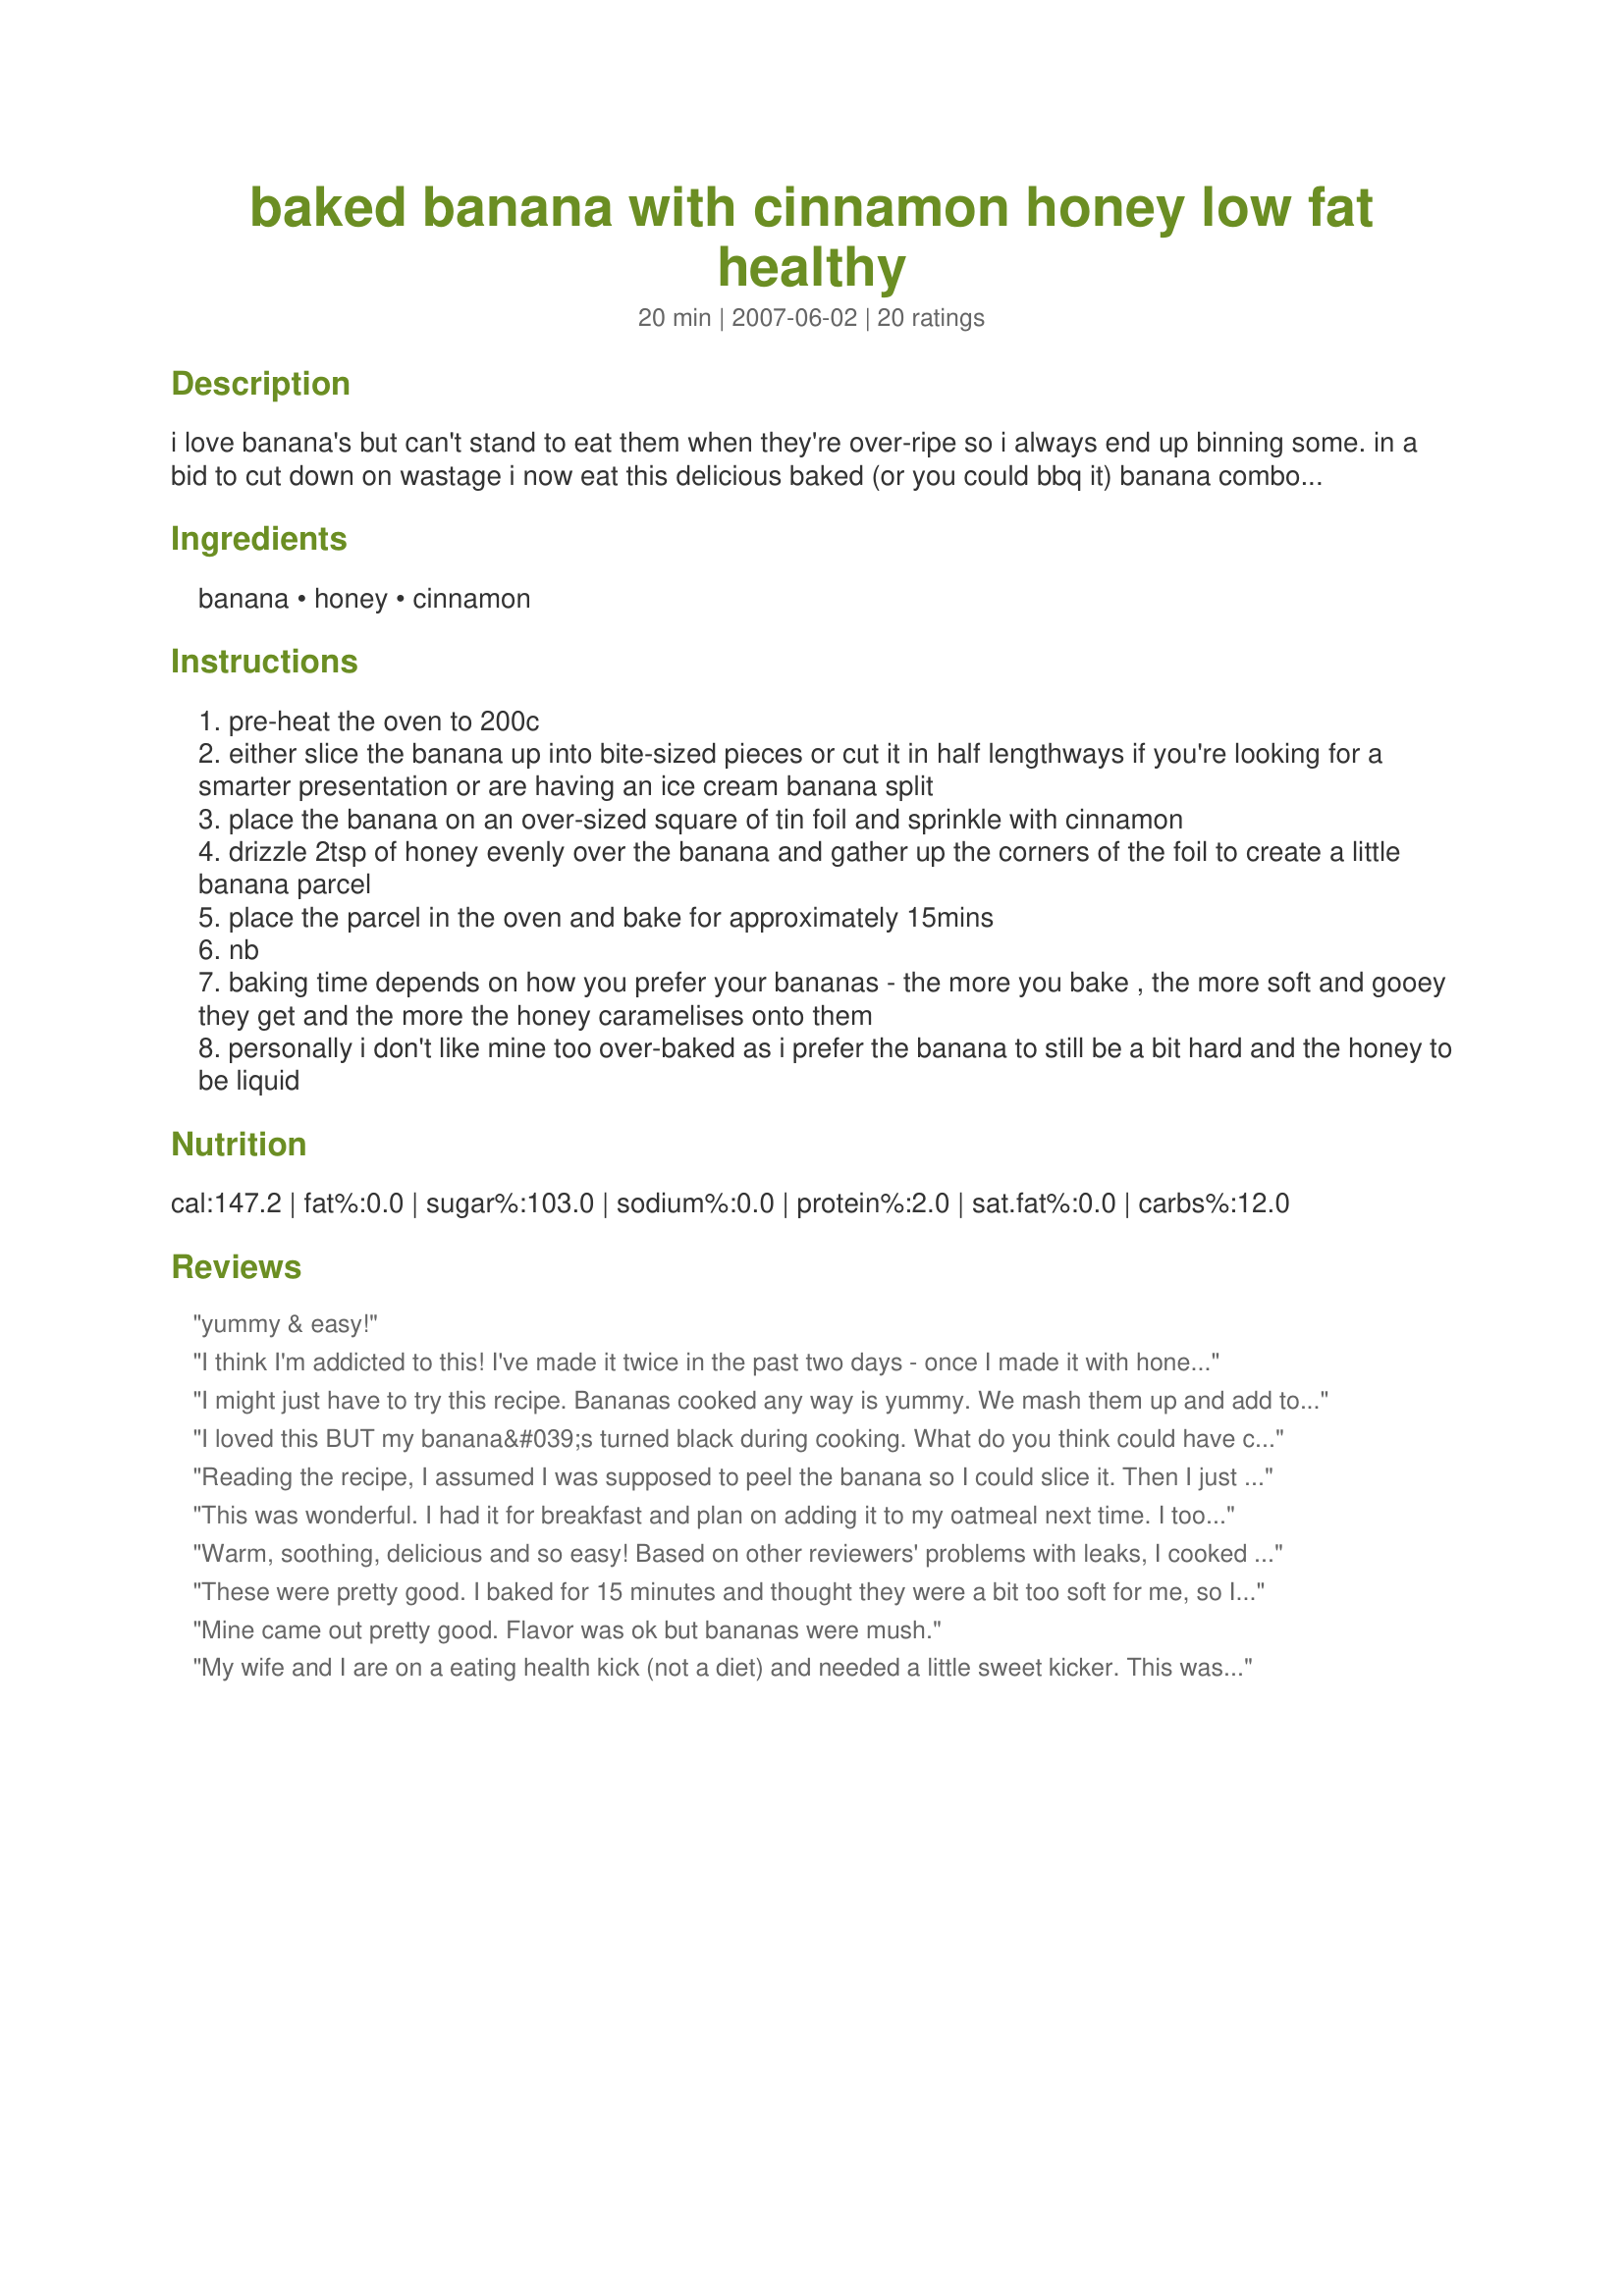
baked banana with cinnamon honey low fat healthy
Preparation time: 20 minutes

i love banana's but can't stand to eat them when they're over-ripe so i always end up binning some. in a bid to cut down on wastage i now eat this delicious baked (or you could bbq it) banana combo for my breakfast. i like it so much now that it's gone from being a recipe i use to get rid of my over-ripe banana's to being my standard week-day breakfast! it's so versatile... great on it's own, over porridge or weetabix, on toast, with yogurt, or over ice cream... mmmmmmm!

Ingredients:
banana, honey, cinnamon

Steps:
pre-heat the oven to 200c
either slice the banana up into bite-sized pieces or cut it in half lengthways if you're looking for a smarter presentation or are having an ice cream banana split
place the banana on an over-sized square of tin foil and sprinkle with cinnamon
drizzle 2tsp of honey evenly over the banana and gather up the corners of the foil to create a little banana parcel
place the parcel in the oven and bake for approximately 15mins
nb
baking time depends on how you prefer your bananas - the more you bake , the more soft and gooey they get and the more the honey caramelises onto them
personally i don't like mine too over-baked as i prefer the banana to still be a bit hard and the honey to be liquid

Reviews:
yummy & easy!
I think I'm addicted to this! I've made it twice in the past two days - once I made it with honey and cinnamon and served it with a little whipped cream and then I made it again with cinnamon and dulce de leche (which is like caramel for anyone not lucky enough to have experienced it!) and again with whipped cream. I think I made some chopped nuts next time too. I baked it at 400F for 15 minutes and it came out perfect! Its very filling and satisfies any sweet cravings you may have while still being healthy - thanks for posting!
I might just have to try this recipe. Bananas cooked any way is yummy. We mash them up and add to pancake batter. I've even mashed them up and put into plastic container bringing it to a Waffle restaurant and smearing on my waffle. I'm thinking about baking over ripe bananas by themselves. I have trouble finding over ripe or even ripe bananas in the stores. I do buy them still unripe and have them sit, but I get anxious to eat one of my favorite fruits, fattening but healthy.
I loved this BUT my banana&#039;s turned black during cooking. What do you think could have caused this? Not that it bothered ME but I wouldn&#039;t serve it that way to family or friends. Ripeness of bananas?
Reading the recipe, I assumed I was supposed to peel the banana so I could slice it. Then I just spread it out on a baking tray and baked it for the called for 15 minutes. I liked it okay. I think it would be good with ice cream. It was nice baking it without the peel so I could have a pretty yellow peel to photograph it on though!
This was wonderful. I had it for breakfast and plan on adding it to my oatmeal next time. I too baked it at 400F for 15 minutes and it was perfect. My children loved helping out in making it also. Thanks for sharing.
Warm, soothing, delicious and so easy! 
Based on other reviewers' problems with leaks, I cooked mine in a glass baking dish covered with foil. Cooked on 425F for about 12 minutes -- divine!
Thanks, Wendy-Bob!
These were pretty good. I baked for 15 minutes and thought they were a bit too soft for me, so I may cook them for 10 minutes next time or lower the temp on the oven. They create a nice juice, dh thought I added butter to it! It's really a nice healthy dessert. Thanks for posting.
Mine came out pretty good. Flavor was ok but bananas were mush.
My wife and I are on a eating health kick (not a diet) and needed a little sweet kicker. This was perfect split a banana with a small scoop of vanilla ice cream. We baked for 10 minutes we wouldn't want to go much more as the banana got mushy enough.
I have lots of bannnanas and I don't know what do to with them and nobody likes banana cream pie
Yum!!!! Definitely making this again. I added a little extra honey and voila
So easy and so delicious! If you use a small banana it's only 2 WW points, with a large banana it would be 3 WW points. I had mine plain, my son had his with a scoop of vanilla ice cream. I did think it tasted much better a little cooled off than it did piping hot. Oh, and I am so glad someone mentioned putting these on a tray.. mine leaked quite a bit and it would have been a terrible mess in the oven.
I just made these up as a snack to enjoy while I wait for election coverage to start. They were really easy to do and I didn't have any leakage issues but I also used a tray just to make sure it wouldn't be a problem if they did leak. I made some toast with fat free cream cheese on it and then put the baked bananas on top and that was seriously tasty without having to break the diet too much. Made for Please Review tag.
When you say gather up the corners to make a little packet, you should make it clear that the packets should not be completely closed. I had nothing but a wet mess. Absolutely no carmelization! Bananas thrown into trash once again only nastier this time. I am assuming that was my mistake - sealing the &quot;packet&quot;?
Finally I found this recipe again! I had lost it, though I kept making it out of memory! Super simple, delicous, and healthy recipe! Thanks!
Delicious! I had an overripe banana sitting around and was hopeful it could be saved, and this recipe did it. I put the parcel on an oven try and I'm glad I did as somehow the honey managed to leak out and would have made a huge mess of the oven. I sprinkled a couple of dark chocolate chips on top when it came out of the oven and had it with a scoop of vanilla ice cream. I'll definitely be getting some more bananas to have this again, thanks Wendy-Bob :)
These were ok. Simply!!!! But I don't think they were anything really special.
I LOVE FRUIT! and this was amazing!! thank you so much for the recipe. it is so simple yet tasty!
this is just soooo nice...admittedly i did put a bit too much honey in so it leeked out all over the oven but it was worth it!!!
